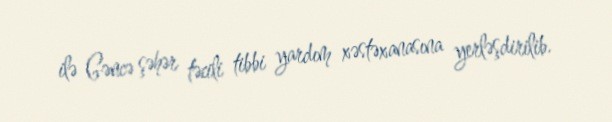
ilə Gəncə şəhər təcili tibbi yardım xəstəxanasına yerləşdirilib.